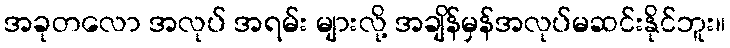
အခုတလော အလုပ် အရမ်း များလို့ အချိန်မှန်အလုပ်မဆင်းနိုင်ဘူး။